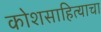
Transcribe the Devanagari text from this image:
कोशसाहित्याचा